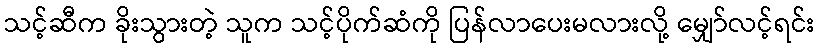
သင့်ဆီက ခိုးသွားတဲ့ သူက သင့်ပိုက်ဆံကို ပြန်လာပေးမလားလို့ မျှော်လင့်ရင်း